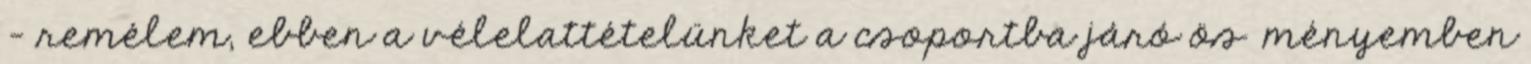
– remélem, ebben a vélelattételünket a csoportba járó ös�ményemben